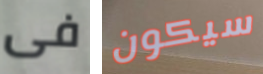
فى سيكون